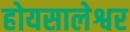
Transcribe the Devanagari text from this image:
होयसालेश्वर